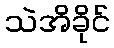
သဲအိခိုင်